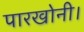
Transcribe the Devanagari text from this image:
पारखोनी।